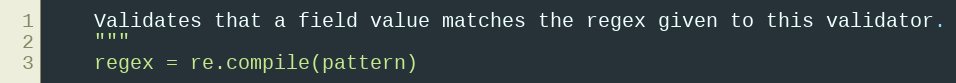
Language: Python
    Validates that a field value matches the regex given to this validator.
    """
    regex = re.compile(pattern)